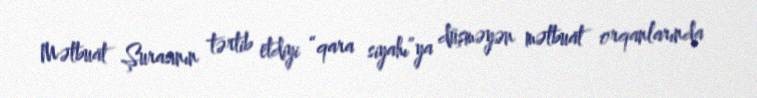
Mətbuat Şurasının tərtib etdiyi “qara siyahı”ya düşməyən mətbuat orqanlarında